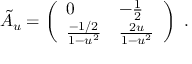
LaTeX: \tilde { \cal A } _ { u } = \left( \begin{array} { l l } { { 0 } } & { { - { \frac { 1 } { 2 } } } } \\ { { { \frac { - 1 / 2 } { 1 - u ^ { 2 } } } } } & { { { \frac { 2 u } { 1 - u ^ { 2 } } } } } \end{array} \right) \ .